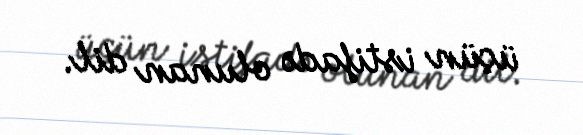
üçün istifadə olunan dil.